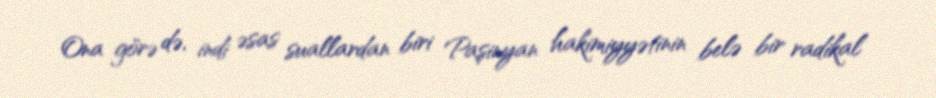
Ona görə də, indi əsas suallardan biri Paşinyan hakimiyyətinin belə bir radikal